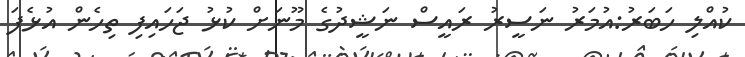
ކުއްލި ހަބަރު:އުމަރު ނަސީރު ރައީސް ނަޝީދުގެ މޫނަށް ކުޅު ޖަހައިފި ތިހެން އުޅެފަ